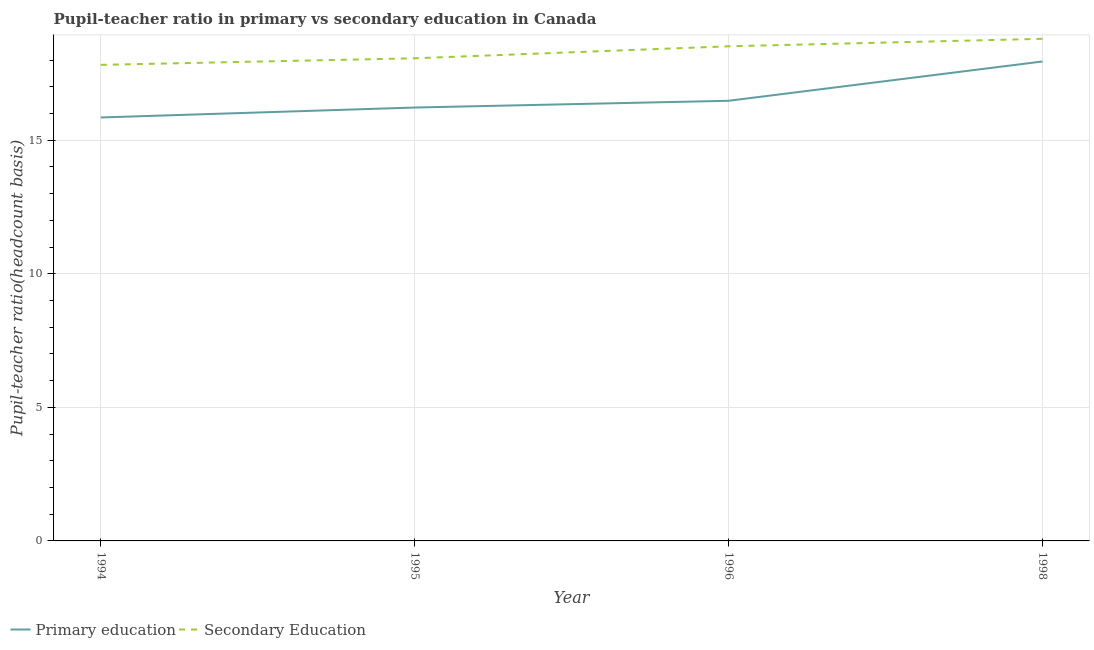
| Year | Primary education | Secondary Education |
 | --- | --- | --- |
 | 1994 | 15.9 | 17.8 |
 | 1995 | 16.2 | 18.1 |
 | 1996 | 16.5 | 18.5 |
 | 1998 | 18 | 18.8 |